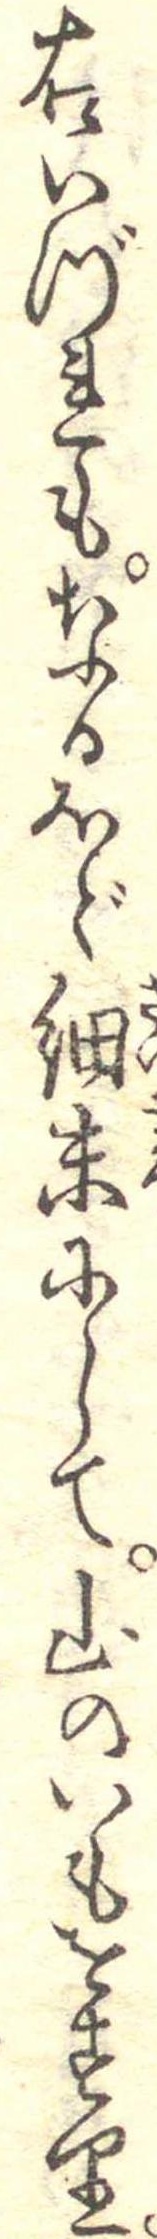
右いづれもなるほど細末にして山のいもをすり